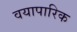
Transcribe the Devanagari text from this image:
वयापारिक